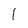
Character: 1